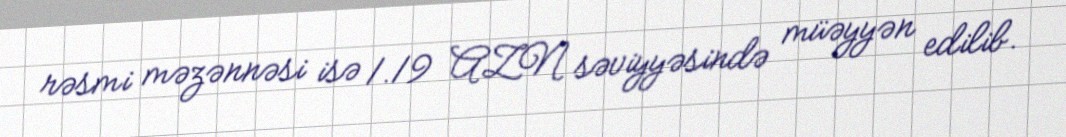
rəsmi məzənnəsi isə 1.19 AZN səviyyəsində müəyyən edilib.